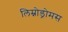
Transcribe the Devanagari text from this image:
लिम्नोड्रोमस